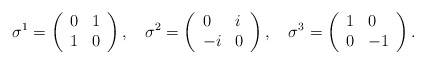
\begin{align*} \sigma^1=\left(\begin{array}{ll}0&1\\1&0\end{array}\right),\quad\sigma^2=\left(\begin{array}{ll}0&i\\-i&0\end{array}\right),\quad\sigma^3=\left(\begin{array}{ll}1&0\\0&-1\end{array}\right).\end{align*}